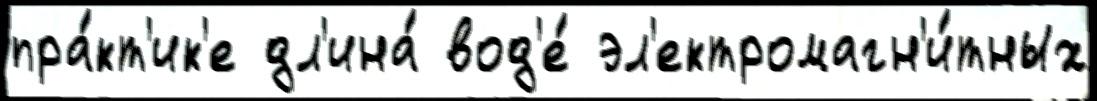
пра́кт'ик'е дл'ина́ вод'е́ эл'ектромагн'и́тных